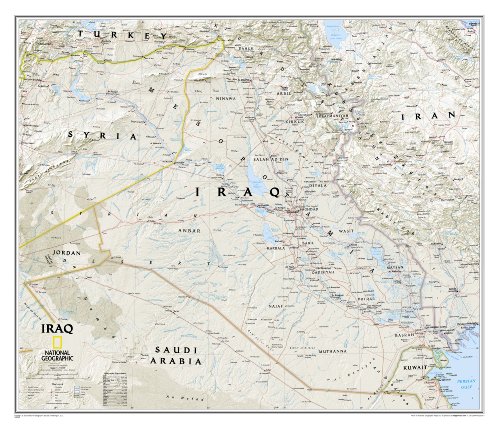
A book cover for Iraq Classic [Tubed] (National Geographic Reference Map); National Geographic Maps - Reference; Travel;